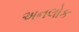
અનલોક